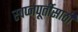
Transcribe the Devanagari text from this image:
स्वप्नपूर्तीसाठी